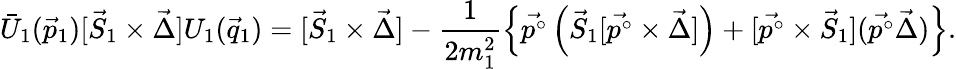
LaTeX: \bar{U}_{1}(\vec{p}_{1})[\vec{S}_{1}\times\vec{\Delta}]U_{1}(\vec{q}_{1})=[\vec{S}_{1}\times\vec{\Delta}]-\frac{1}{2m_{1}^{2}}\left\{ \vec{p^{\circ}}\left(\vec{S}_{1}[\vec{p^{\circ}}\times\vec{\Delta}]\right)+[\vec{p^{\circ}}\times\vec{S}_{1}](\vec{p^{\circ}}\vec{\Delta})\right\} .